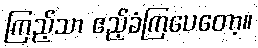
ကြည့်သာ ဧည့်ခံကြပေတော့။